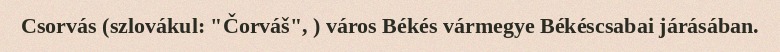
Csorvás (szlovákul: "Čorváš", ) város Békés vármegye Békéscsabai járásában.